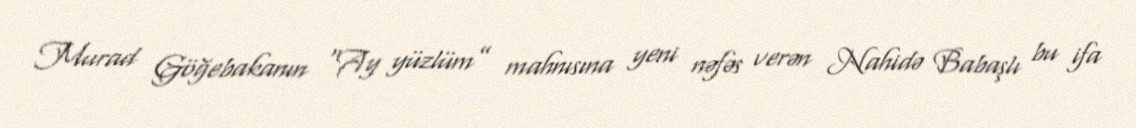
Murad Göğebakanın “Ay yüzlüm” mahnısına yeni nəfəs verən Nahidə Babaşlı bu ifa